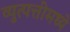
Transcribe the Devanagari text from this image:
व्युत्पत्तीमध्ये